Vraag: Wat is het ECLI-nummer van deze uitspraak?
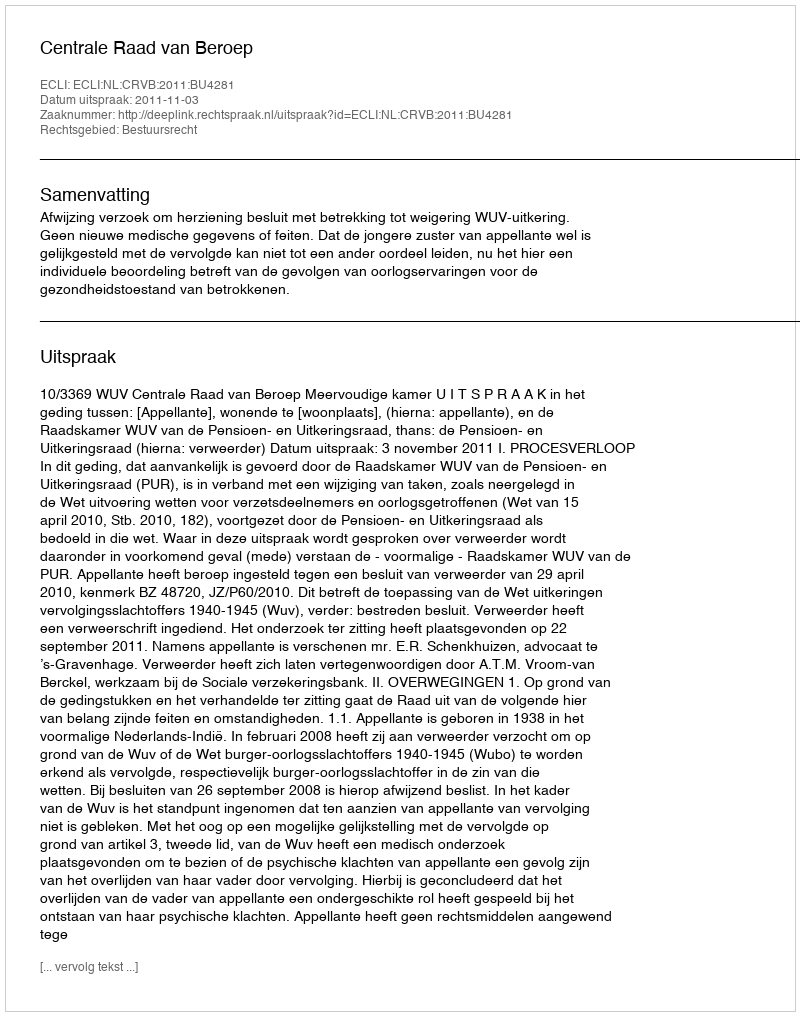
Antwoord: ECLI:NL:CRVB:2011:BU4281